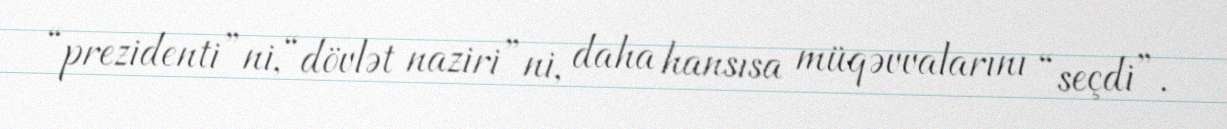
“prezidenti”ni, “dövlət naziri”ni, daha hansısa müqəvvalarını “seçdi”.